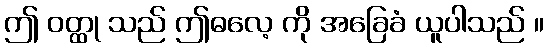
ဤ ဝတ္ထု သည် ဤဓလေ့ ကို အခြေခံ ယူပါသည် ။